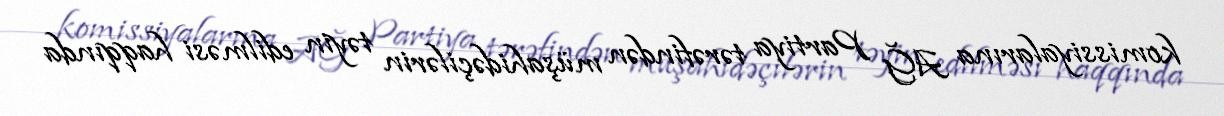
komissiyalarına AĞ Partiya tərəfindən müşahidəçilərin təyin edilməsi haqqında